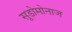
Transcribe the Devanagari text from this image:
सूडोमोनाज